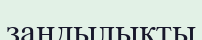
заңдылықты